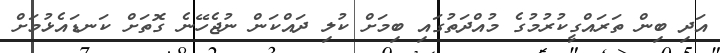
އަދި ބިން ތަރައްގީކުރުމުގެ މުއްދަތުގައި ބިމަށް ކުލި ދައްކަން ނުޖެހޭނެ ގޮތަށް ކަނޑައެޅުމަށް